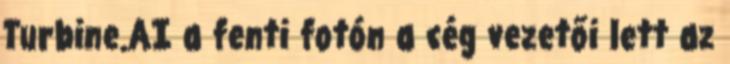
Turbine.AI a fenti fotón a cég vezetői lett az